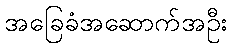
အခြေခံအဆောက်အဦး